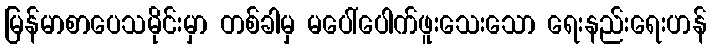
မြန်မာစာပေသမိုင်းမှာ တစ်ခါမှ မပေါ်ပေါက်ဖူးသေးသော ရေးနည်းရေးဟန်